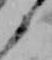
と